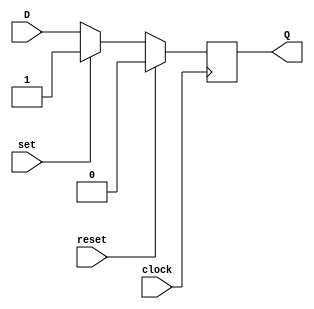
module flip_flop (
    input wire clock,
    input wire reset,
    input wire set,
    input wire D,
    output reg Q
);

always @(posedge clock) begin
    if (reset) begin
        Q <= 1'b0;
    end else if (set) begin
        Q <= 1'b1;
    end else begin
        Q <= D;
    end
end

endmodule